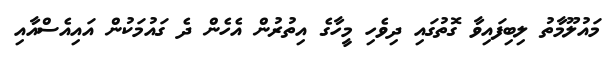
މައުލޫމާތު ލިބިފައިވާ ގޮތުގައި ދިވެހި މީހާގެ އިތުރުން އެހެން ދެ ގައުމަކުން އައިއެސްއާއި